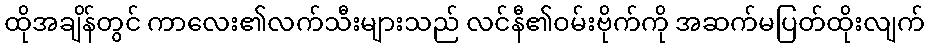
ထိုအချိန်တွင် ကာလေး၏လက်သီးများသည် လင်နီ၏ဝမ်းဗိုက်ကို အဆက်မပြတ်ထိုးလျက်